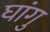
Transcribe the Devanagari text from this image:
घांगु